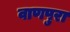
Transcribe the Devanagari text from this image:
वाणपुरा